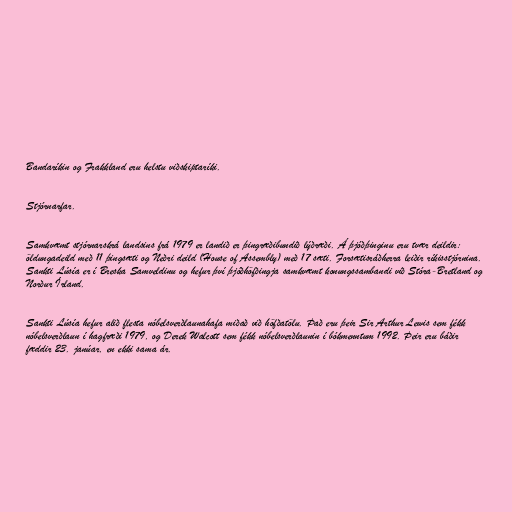
Bandaríkin og Frakkland eru helstu viðskiptaríki.

Stjórnarfar.

Samkvæmt stjórnarskrá landsins frá 1979 er landið er þingræðibundið lýðræði. Á þjóðþinginu eru tvær deildir:
öldungadeild með 11 þingsæti og Neðri deild (House of Assembly) með 17 sæti. Forsætisráðherra leiðir ríkisstjórnina.
Sankti Lúsía er í Breska Samveldinu og hefur því þjóðhöfðingja samkvæmt konungssambandi við Stóra-Bretland og
Norður Írland.

Sankti Lúsía hefur alið flesta nóbelsverðlaunahafa miðað við höfðatölu. Það eru þeir Sir Arthur Lewis sem fékk
nóbelsverðlaun í hagfræði 1979, og Derek Walcott sem fékk nóbelsverðlaunin í bókmenntum 1992. Þeir eru báðir
fæddir 23. janúar, en ekki sama ár.